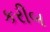
કરીબ